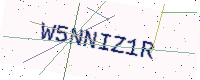
Text: W5NNIZ1R